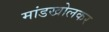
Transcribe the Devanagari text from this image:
मांडखोलकर